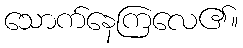
သောက်နေကြလေ၏။